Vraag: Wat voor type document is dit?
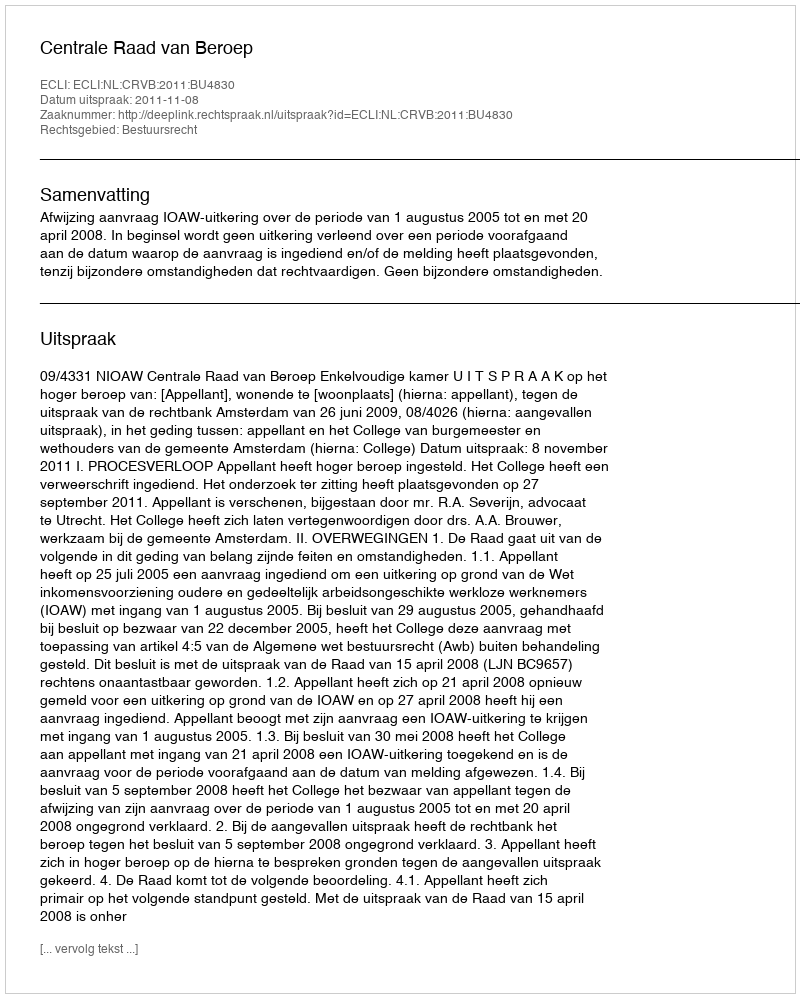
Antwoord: Uitspraak